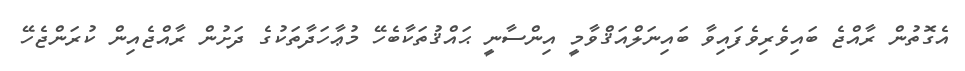
އެގޮތުން ރާއްޖެ ބައިވެރިވެފައިވާ ބައިނަލްއަޤްވާމީ އިންސާނީ ޙައްޤުތަކާބެހޭ މުޢާހަދާތަކުގެ ދަށުން ރާއްޖެއިން ކުރަންޖެހޭ